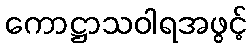
ကောဋ္ဌာသဝါရအဖွင့်